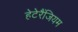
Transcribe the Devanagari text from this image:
हेटेरैंजियम